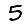
Digit: 5